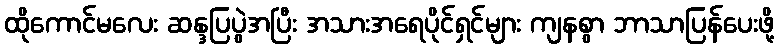
ထိုကောင်မလေး ဆန္ဒပြပွဲအပြီး အသားအရေပိုင်ရှင်များ ကျနစွာ ဘာသာပြန်ပေးဖို့